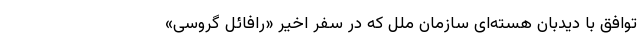
توافق با دیدبان هسته‌ای سازمان ملل که در سفر اخیر «رافائل گروسی»